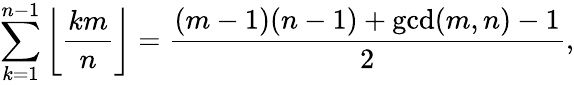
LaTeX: \sum_{k=1}^{n-1}\left\lfloor{\frac{km}{n}}\right\rfloor={\frac{(m-1)(n-1)+\operatorname*{gcd}(m,n)-1}{2}},